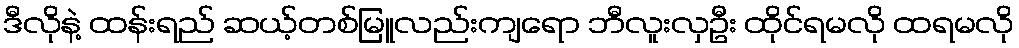
ဒီလိုနဲ့ ထန်းရည် ဆယ့်တစ်မြူလည်းကျရော ဘီလူးလှဦး ထိုင်ရမလို ထရမလို